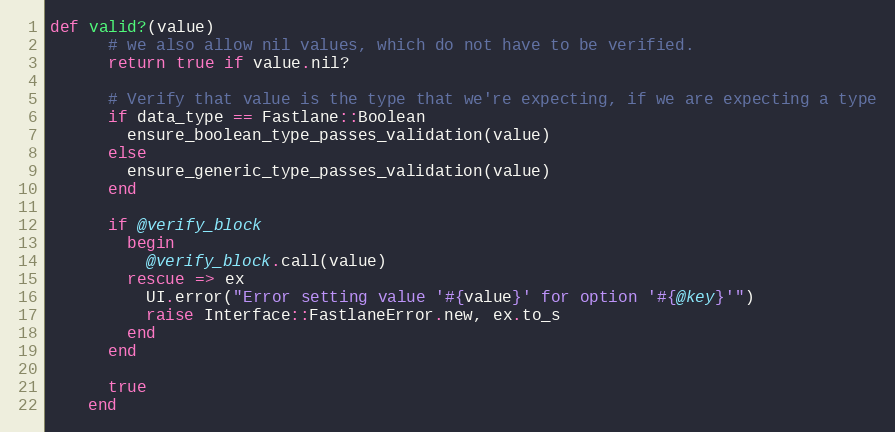
Language: Ruby
def valid?(value)
      # we also allow nil values, which do not have to be verified.
      return true if value.nil?

      # Verify that value is the type that we're expecting, if we are expecting a type
      if data_type == Fastlane::Boolean
        ensure_boolean_type_passes_validation(value)
      else
        ensure_generic_type_passes_validation(value)
      end

      if @verify_block
        begin
          @verify_block.call(value)
        rescue => ex
          UI.error("Error setting value '#{value}' for option '#{@key}'")
          raise Interface::FastlaneError.new, ex.to_s
        end
      end

      true
    end